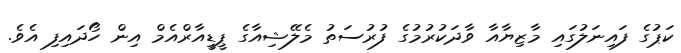
ކަޕުގެ ފައިނަލުގައި މާޒިޔާއާ ވާދަކުރުމުގެ ފުރުސަތު މެލޭޝިއާގެ ޕީޑީއާރްއެމް އިން ހޯދައިފި އެވެ.